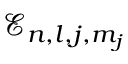
\mathcal { E } _ { n , l , j , m _ { j } }